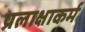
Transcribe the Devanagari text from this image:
प्रलाक्षाकर्म